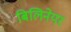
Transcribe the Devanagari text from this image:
बिलिनेयर